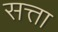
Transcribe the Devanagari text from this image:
सत्ता